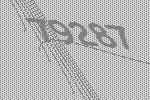
79287